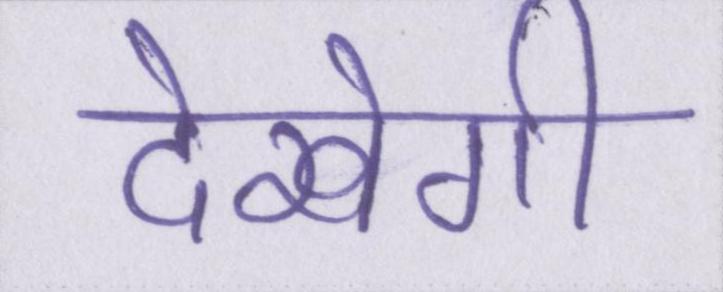
देखेगी